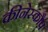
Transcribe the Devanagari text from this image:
कीनेस्कौप